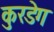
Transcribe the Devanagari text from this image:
कुरडेग